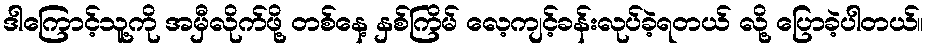
ဒါကြောင့်သူ့ကို အမှီလိုက်ဖို့ တစ်နေ့ နှစ်ကြိမ် လေ့ကျင့်ခန်းလုပ်ခဲ့ရတယ် လို့ ပြောခဲ့ပါတယ်။